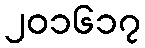
၂၀၁၆၁၇